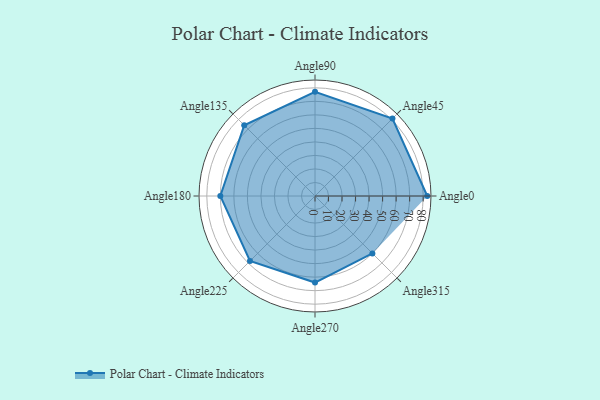
{"axis": {"x": "Angle", "y": "Radius"}, "legend": [""], "data": [{"x": "Angle0", "y": 83.0, "type": ""}, {"x": "Angle45", "y": 81.0, "type": ""}, {"x": "Angle90", "y": 77.0, "type": ""}, {"x": "Angle135", "y": 74.0, "type": ""}, {"x": "Angle180", "y": 70.0, "type": ""}, {"x": "Angle225", "y": 68.0, "type": ""}, {"x": "Angle270", "y": 64.0, "type": ""}, {"x": "Angle315", "y": 60.0, "type": ""}]}